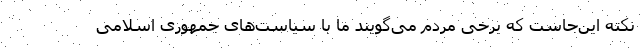
نکته این‌جاست که برخی مردم می‌گویند ما با سیاست‌های جمهوری اسلامی